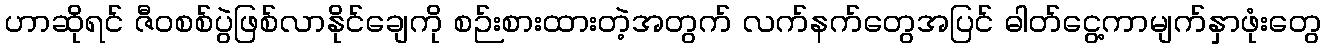
ဟာဆိုရင် ဇီဝစစ်ပွဲဖြစ်လာနိုင်ချေကို စဉ်းစားထားတဲ့အတွက် လက်နက်တွေအပြင် ဓါတ်ငွေ့ကာမျက်နှာဖုံးတွေ